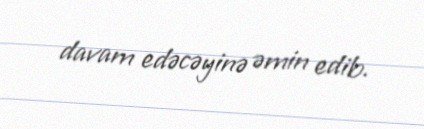
davam edəcəyinə əmin edib.